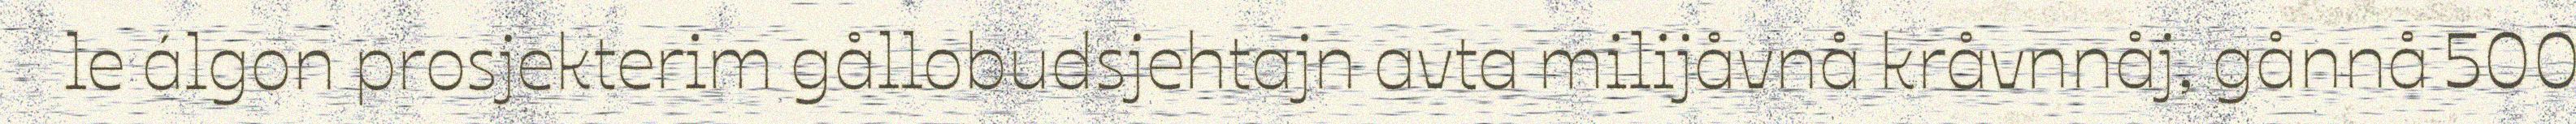
le álgon prosjekterim gållobudsjehtajn avta milijåvnå kråvnnåj, gånnå 500